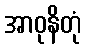
အာဝုနိတုံ